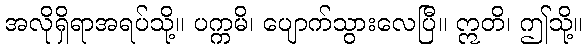
အလိုရှိရာအရပ်သို့။ ပက္ကမိ၊ ပျောက်သွားလေပြီ။ ဣတိ၊ ဤသို့။